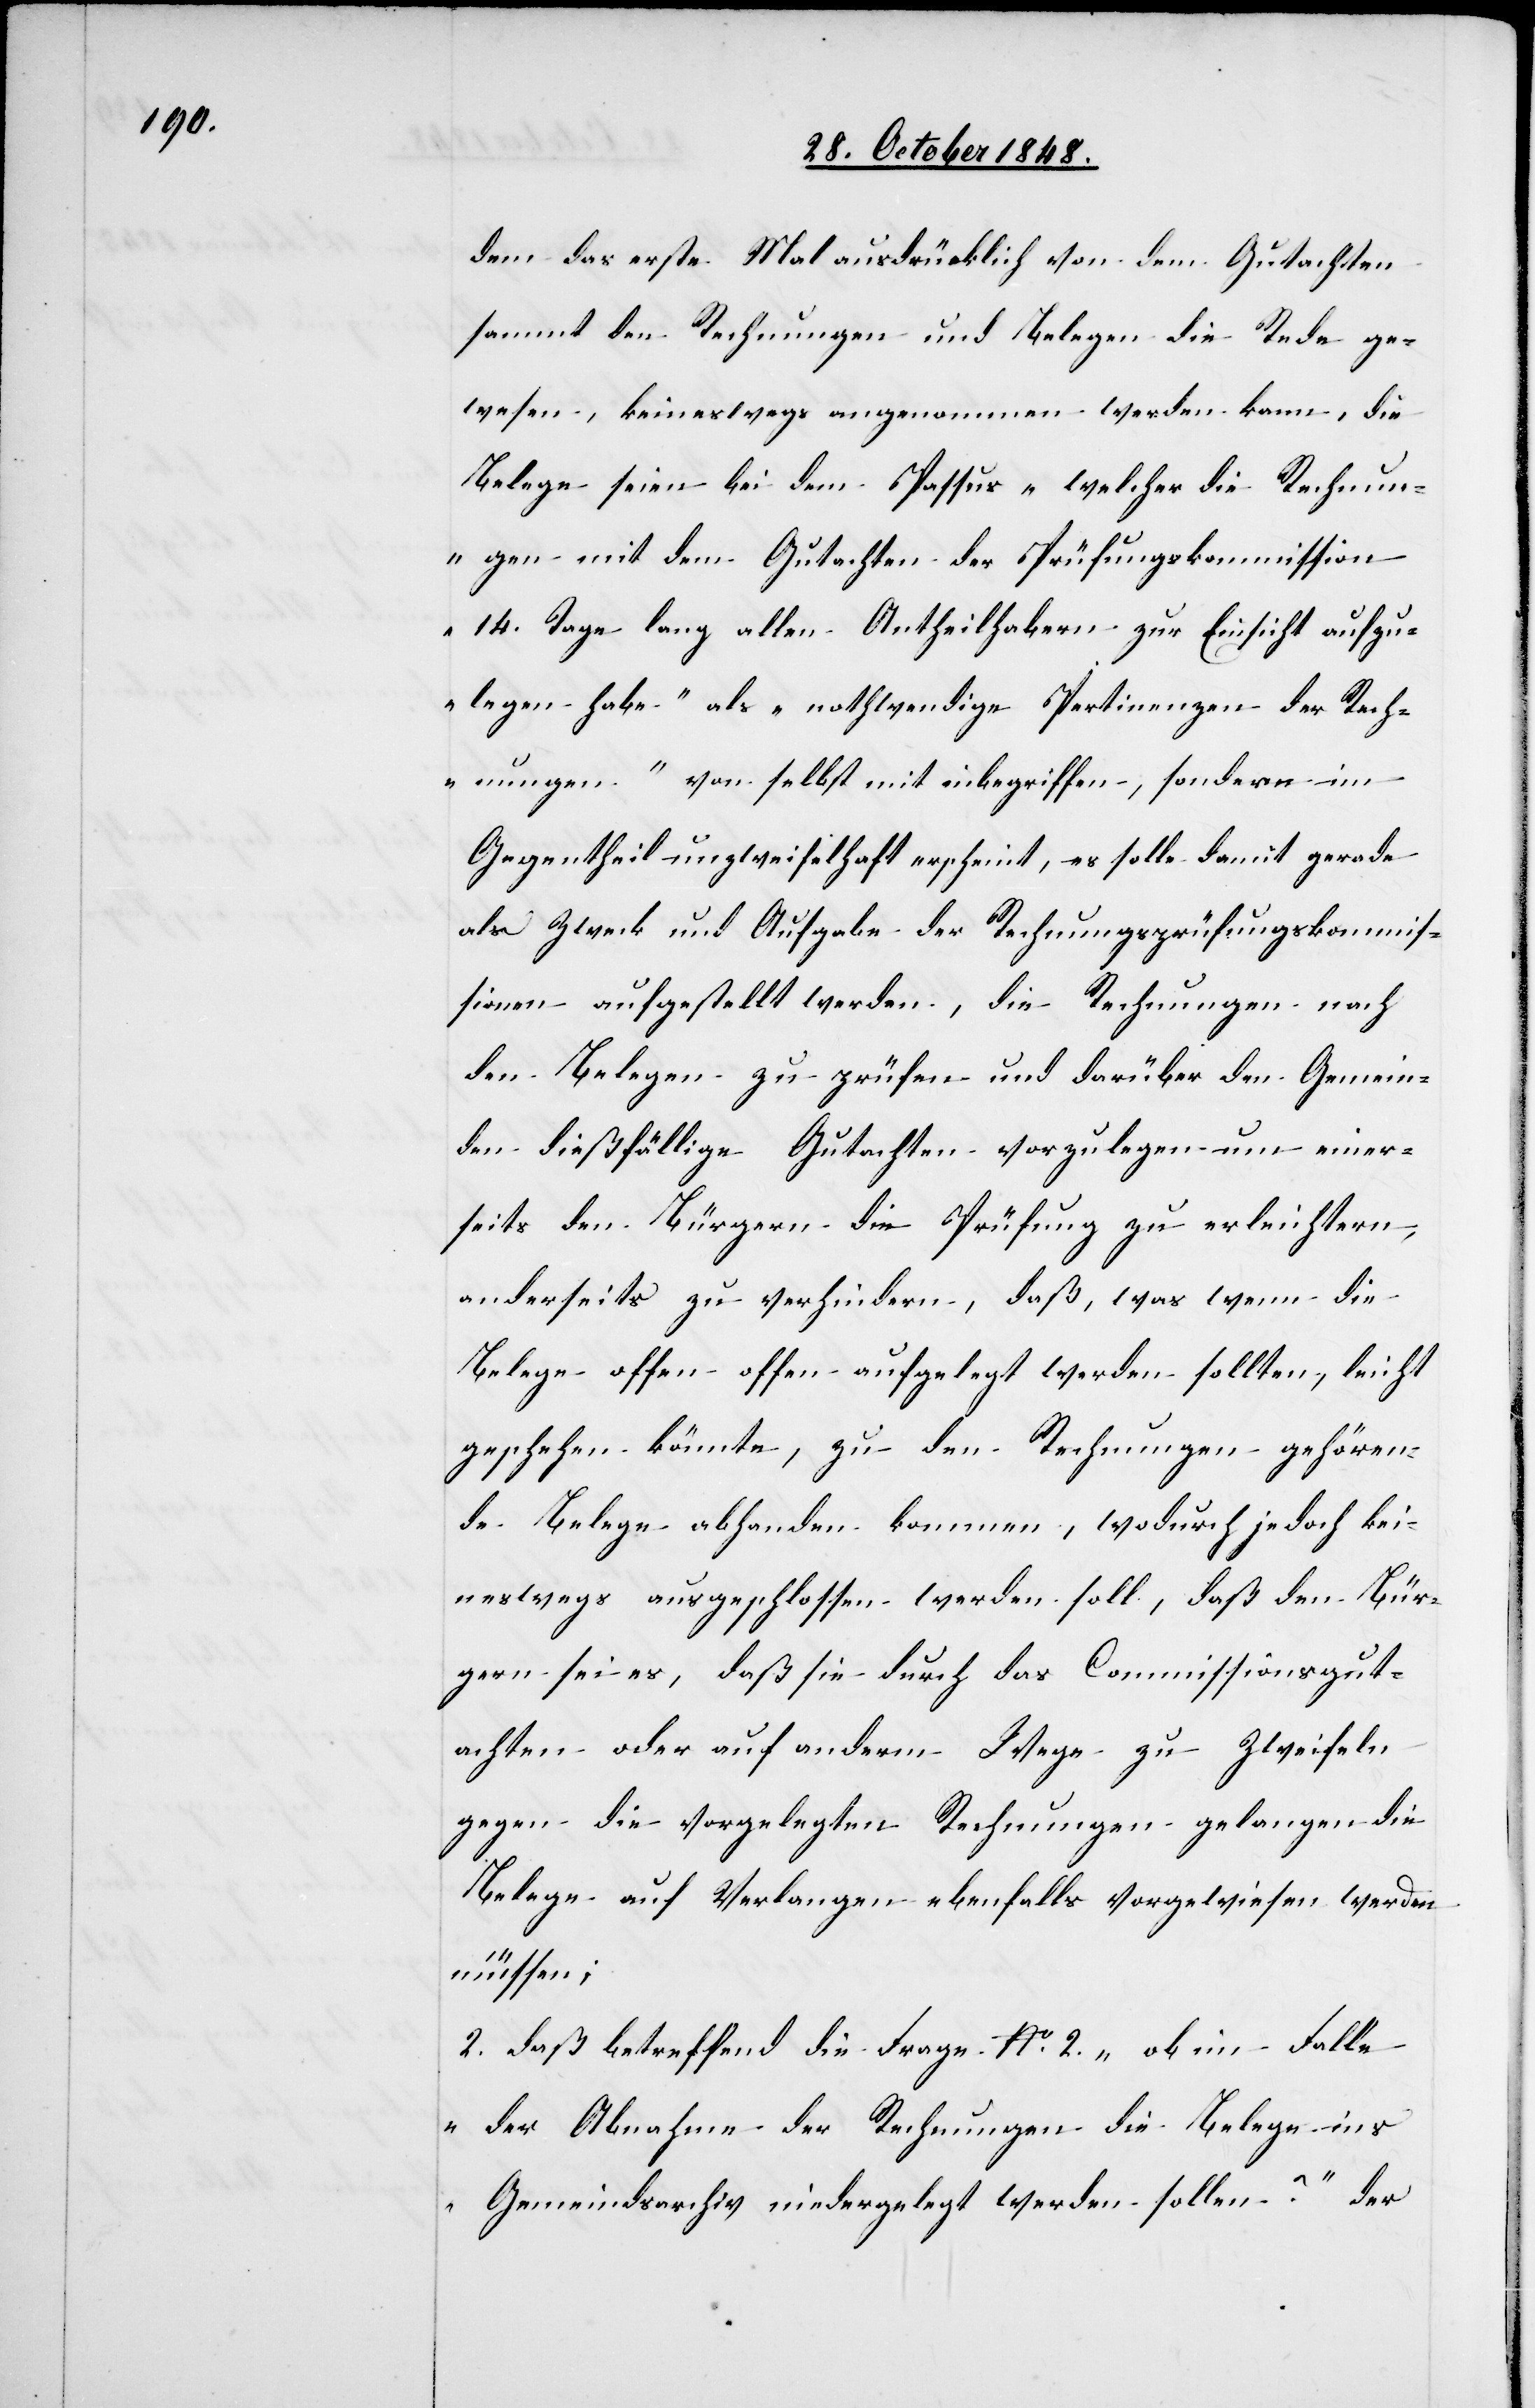
dem das erste Mal ausdrücklich von dem Gutachten
sammt den Rechnungen und Belegen die Rede ge¬
wesen, keineswegs angenommen werden kann, die
Belege seien bei dem Passus „welcher die Rechnu¬
ngen mit dem Gutachten der Prüfungskommission
14. Tage lang allen Antheilhabern zur Einsicht aufzu¬
legen habe“ als „nothwendige Pertinenzen der Rech¬
nungen“ von selbst mit inbegriffen, sondern im
Gegentheil unzweifelhaft erscheint, es solle damit gerade
als Zweck und Aufgabe der Rechnungsprüfungskommis¬
sionen aufgestellt werden, die Rechnungen nach
den Belegen zu prüfen und darüber den Gemein¬
den dießfällige Gutachten vorzulegen um einer¬
seits den Bürgern die Prüfung zu erleichtern,
anderseits zu verhindern, daß, was wenn die
Belege offen offen [sic!] aufgelegt werden sollten, leicht
geschehen könnte, zu den Rechnungen gehören¬
de Belege abhanden kommen, wodurch jedoch kei¬
neswegs ausgeschlossen werden soll, daß den Bür¬
gern sei es, daß sie durch das Commissionsgut¬
achten oder auf anderm Wege zu Zweifeln
gegen die vorgelegten Rechnungen gelangen die
Belege auf Verlangen ebenfalls vorgewiesen werden
müssen;
2. daß betreffend die Frage No 2. „ob im Falle
der Abnahme der Rechnungen die Belege ins
Gemeindsarchiv niedergelegt werden sollen?“ der